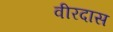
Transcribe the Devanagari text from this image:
वीरदास